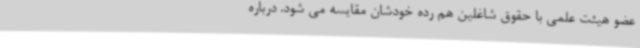
عضو هیئت علمی با حقوق شاغلین هم رده خودشان مقایسه می شود. درباره